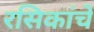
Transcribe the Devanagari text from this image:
रसिकांचें